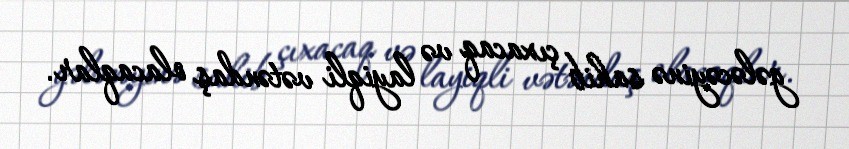
gələcəyinə sahib çıxacaq və layiqli vətəndaş olacaqlar.